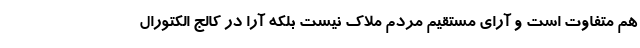
هم متفاوت است و آرای مستقیم مردم ملاک نیست بلکه آرا در کالج الکتورال